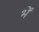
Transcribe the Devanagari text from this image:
भें